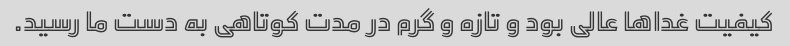
کیفیت غدا‌ها عالی بود و تازه و گرم در مدت کوتاهی به دست ما رسید.